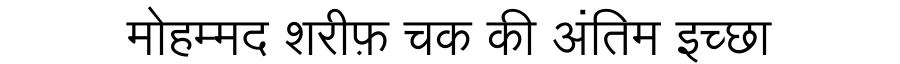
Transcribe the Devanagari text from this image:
मोहम्मद शरीफ़ चक की अंतिम इच्छा